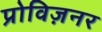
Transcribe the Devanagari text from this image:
प्रोविज़नर